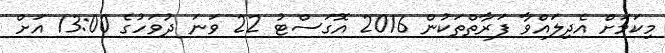
މިކަމަށް އެދިލައްވާ ފަރާތްތަކުން 2016 އޮގަސްޓު 22 ވަނަ ދުވަހުގެ 13:00 އަށް